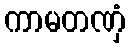
ကာမတဏှံ